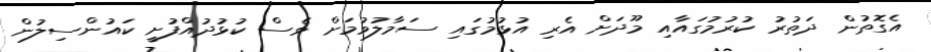
އެގޮތުން ދަތުރު ކުރުމުގައާއި މޫދަށް އެރި އުޅުމުގައި ސަމާލުވުމަށް ވެސް ކުޅުދުއްފުށީ ކައުންސިލުން